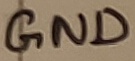
Text: GND